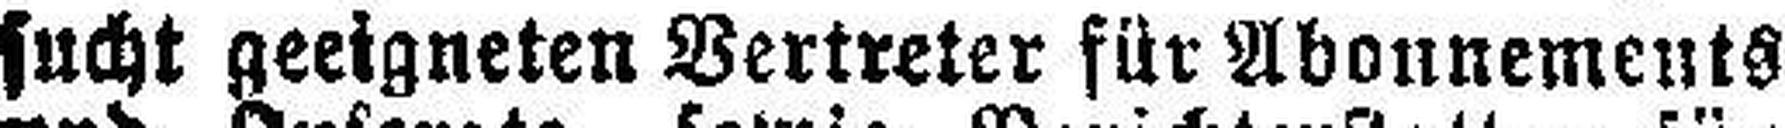
sucht geeigneten Vertreter für Abonnements